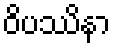
ဝိပဿိနာ